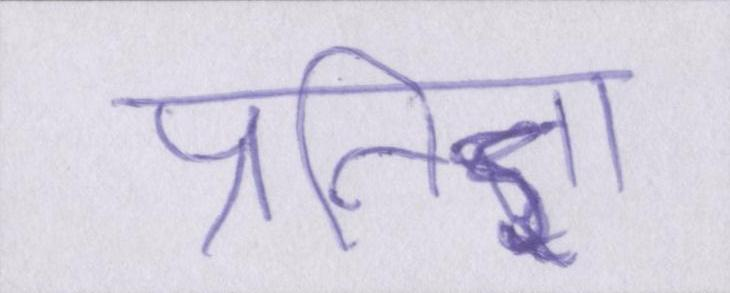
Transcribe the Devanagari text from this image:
प्रतिज्ञा